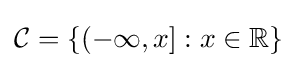
{\mathcal {C}}=\{(-\infty ,x]:x\in \mathbb {R} \}